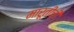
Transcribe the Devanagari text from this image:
मारूतीची